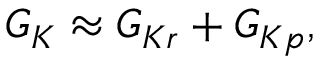
{ \cal G } _ { K } \approx { \cal G } _ { K r } + { \cal G } _ { K p } ,